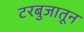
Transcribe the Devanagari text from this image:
टरबुजातून